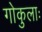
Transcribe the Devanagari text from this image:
गोकुलाः